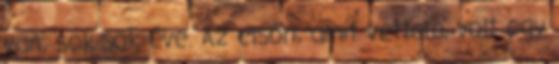
van, sok-sok éve. Az elsőn, amit vettem, volt egy